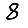
Digit: 8